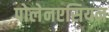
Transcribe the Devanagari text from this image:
पोलेनएसियन